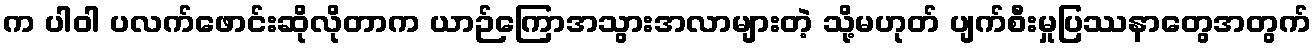
က ပါဝါ ပလက်ဖောင်းဆိုလိုတာက ယာဉ်ကြောအသွားအလာများတဲ့ သို့မဟုတ် ပျက်စီးမှုပြဿနာတွေအတွက်